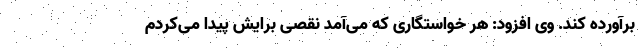
برآورده کند. وی افزود: هر خواستگاری که می‌آمد نقصی برایش پیدا می‌کردم